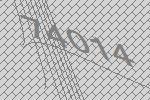
74014